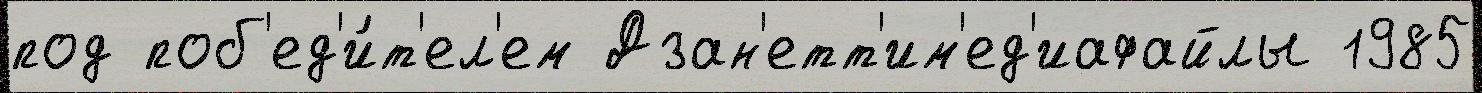
под поб'ед'и́т'ел'ем Дзан'етт'им'ед'иафайлы 1985